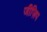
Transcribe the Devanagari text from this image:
जीज़िप